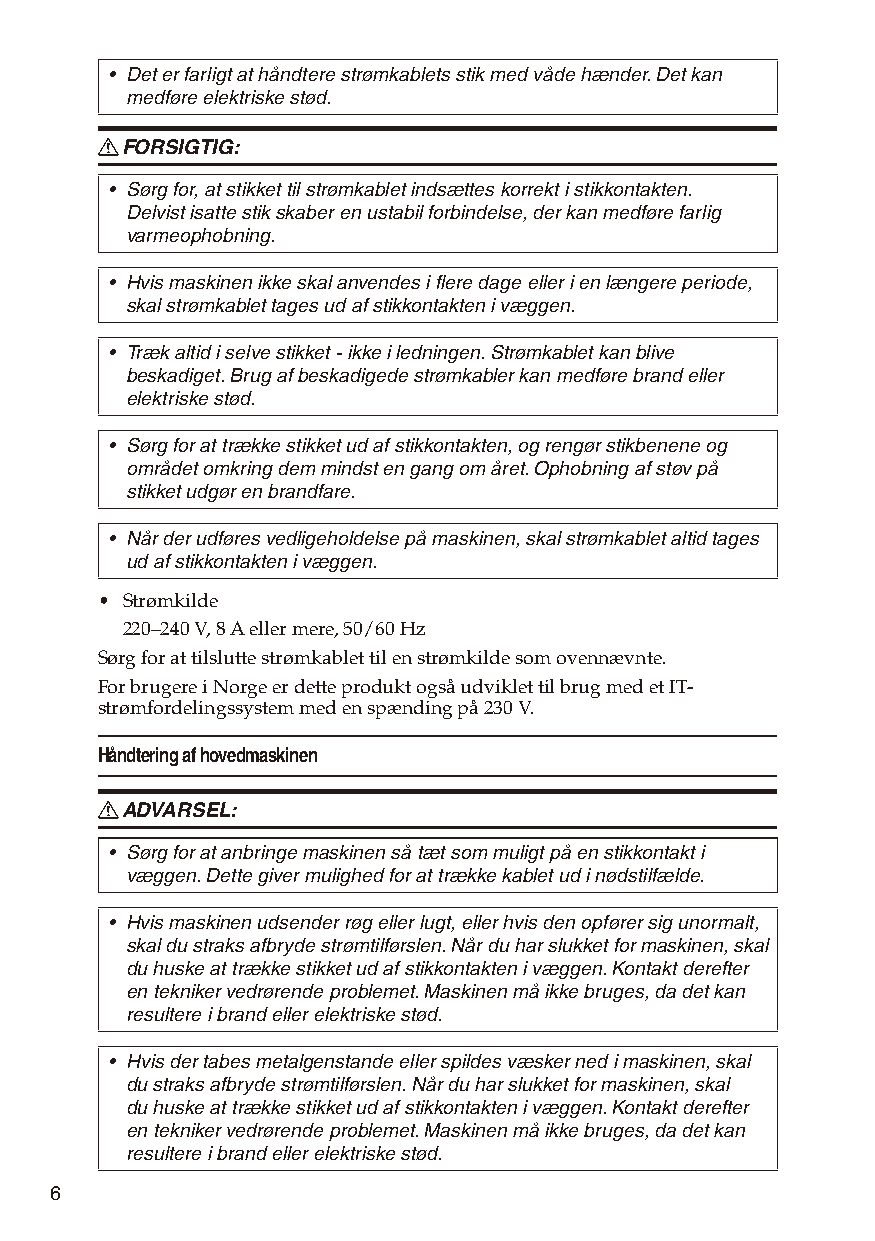
• Det er farligt at håndtere strømkablets stik med våde hænder. Det kan
 medføre elektriske stød.
 R FORSIGTIG:
 • Sørg for, at stikket til strømkablet indsættes korrekt i stikkontakten.
 Delvist isatte stik skaber en ustabil forbindelse, der kan medføre farlig
 varmeophobning.
 • Hvis maskinen ikke skal anvendes i flere dage eller i en længere periode,
 skal strømkablet tages ud af stikkontakten i væggen.
 • Træk altid i selve stikket - ikke i ledningen. Strømkablet kan blive
 beskadiget. Brug af beskadigede strømkabler kan medføre brand eller
 elektriske stød.
 • Sørg for at trække stikket ud af stikkontakten, og rengør stikbenene og
 området omkring dem mindst en gang om året. Ophobning af støv på
 stikket udgør en brandfare.
 • Når der udføres vedligeholdelse på maskinen, skal strømkablet altid tages
 ud af stikkontakten i væggen.
 • Strømkilde
 220–240 V, 8 A eller mere, 50/60 Hz
 Sørg for at tilslutte strømkablet til en strømkilde som ovennævnte.
 For brugere i Norge er dette produkt også udviklet til brug med et IT-
 strømfordelingssystem med en spænding på 230 V.
 Håndtering af hovedmaskinen
 R ADVARSEL:
 • Sørg for at anbringe maskinen så tæt som muligt på en stikkontakt i
 væggen. Dette giver mulighed for at trække kablet ud i nødstilfælde.
 • Hvis maskinen udsender røg eller lugt, eller hvis den opfører sig unormalt,
 skal du straks afbryde strømtilførslen. Når du har slukket for maskinen, skal
 du huske at trække stikket ud af stikkontakten i væggen. Kontakt derefter
 en tekniker vedrørende problemet. Maskinen må ikke bruges, da det kan
 resultere i brand eller elektriske stød.
 • Hvis der tabes metalgenstande eller spildes væsker ned i maskinen, skal
 du straks afbryde strømtilførslen. Når du har slukket for maskinen, skal
 du huske at trække stikket ud af stikkontakten i væggen. Kontakt derefter
 en tekniker vedrørende problemet. Maskinen må ikke bruges, da det kan
 resultere i brand eller elektriske stød.
 6